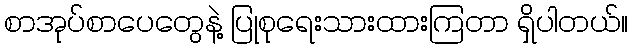
စာအုပ်စာပေတွေနဲ့ ပြုစုရေးသားထားကြတာ ရှိပါတယ်။